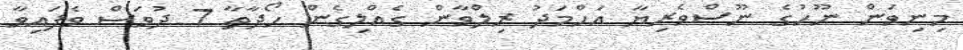
މިނިވަން ނޫހުގެ ނޫސްވެރިޔާ އަހްމަދު ރިލްވާން ގެއްލިގެން ހޯދާތާ 7 ދުވަސް ވެފައިވާ